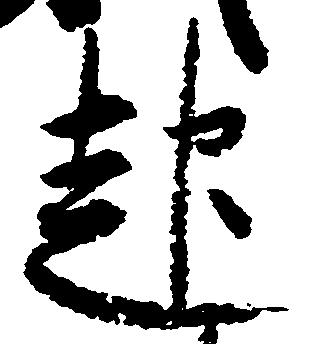
起